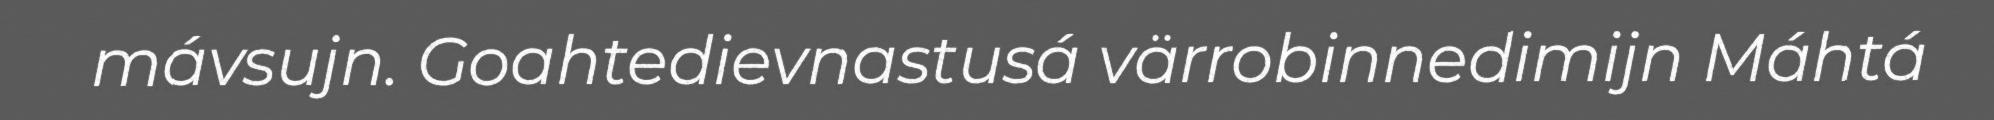
mávsujn. Goahtedievnastusá värrobinnedimijn Máhtá